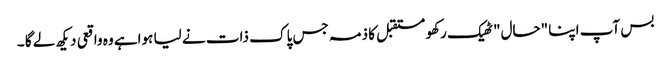
بس آپ اپنا "حال" ٹھیک رکھو مستقبل کا ذمہ جس پاک ذات نے لیا ہواہے وہ واقعی دیکھ لے گا ۔